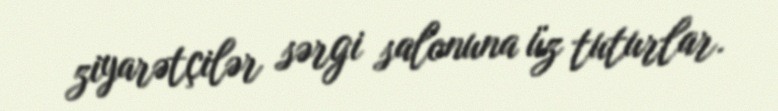
ziyarətçilər sərgi salonuna üz tuturlar.